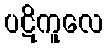
ပဋိကူလေ